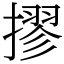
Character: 摎